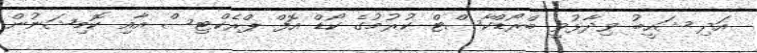
އަދި ޝަހީބު ވިދާޅުވީ ބްރޯޑްކާސްޓް ކުރުމުގެ ކޯޑް އޮފް ޕްރެކްޓިސް އާއި ކޮމިޝަނުން